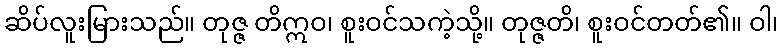
ဆိပ်လူးမြားသည်။ တုဇ္ဇ တိဣဝ၊ စူးဝင်သကဲ့သို့။ တုဇ္ဇတိ၊ စူးဝင်တတ်၏။ ဝါ၊